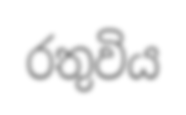
රතුවිය